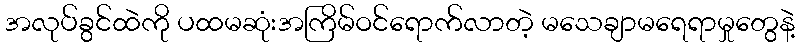
အလုပ်ခွင်ထဲကို ပထမဆုံးအကြိမ်ဝင်ရောက်လာတဲ့ မသေချာမရေရာမှုတွေနဲ့